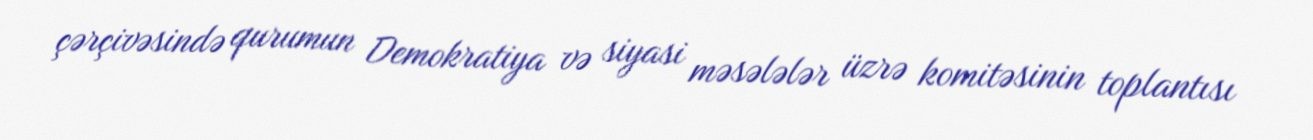
çərçivəsində qurumun Demokratiya və siyasi məsələlər üzrə komitəsinin toplantısı